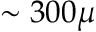
\sim 3 0 0 \mu